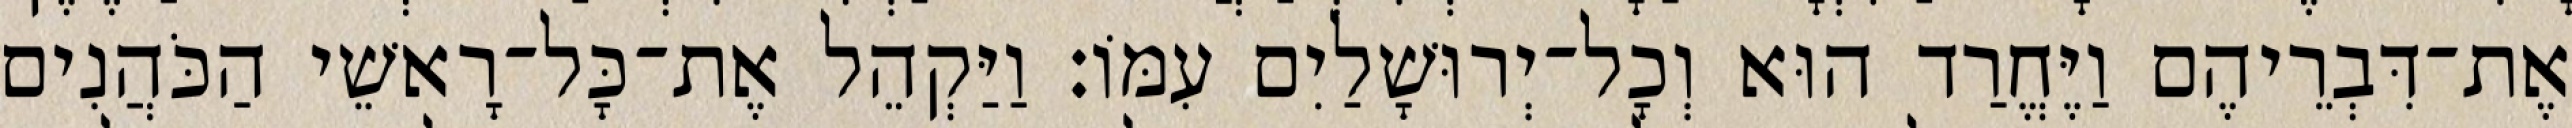
אֶת־דִּבְרֵיהֶם וַיֶּחֱרַד הוּא וְכָל־יְרוּשָׁלַיִם עִמּוֹ׃ וַיַּקְהֵל אֶת־כָּל־רָאשֵׁי הַכֹּהֲנִים